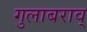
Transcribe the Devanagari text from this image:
गुलाबराव्